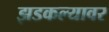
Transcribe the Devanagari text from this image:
झडकल्यावर